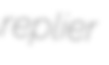
replier